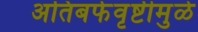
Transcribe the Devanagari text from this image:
अतिबर्फवृष्टीमुळे